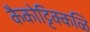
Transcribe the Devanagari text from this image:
कैकोट्टिक्कळि